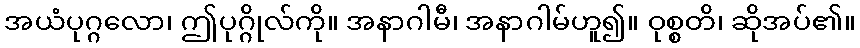
အယံပုဂ္ဂလော၊ ဤပုဂ္ဂိုလ်ကို။ အနာဂါမီ၊ အနာဂါမ်ဟူ၍။ ဝုစ္စတိ၊ ဆိုအပ်၏။